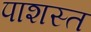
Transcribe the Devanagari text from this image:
पाशस्त